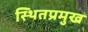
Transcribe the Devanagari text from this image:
स्थितप्रमुख